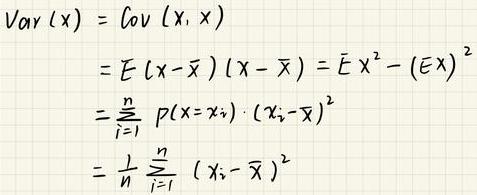
\[
\begin{align*}
Var(x)&=Cov(x,x)\\
&=E(x - \bar{x})(x - \bar{x})=Ex^{2}-(Ex)^{2}\\
&=\sum_{i = 1}^{n}p(x = x_{i})\cdot(x_{i}-\bar{x})^{2}\\
&=\frac{1}{n}\sum_{i = 1}^{n}(x_{i}-\bar{x})^{2}
\end{align*}
\]